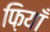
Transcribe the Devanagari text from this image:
फ़ियॉँ